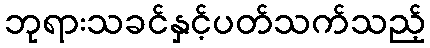
ဘုရားသခင်နှင့်ပတ်သက်သည့်